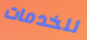
للخدمات